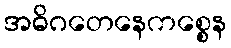
အဓိဂတေနေကစ္စေန